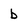
Character: b